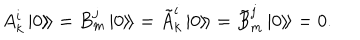
A _ { k } ^ { i } \left. \left| 0 \right\rangle \! \right\rangle = B _ { m } ^ { j } \left. \left| 0 \right\rangle \! \right\rangle = \tilde { A } _ { k } ^ { i } \left. \left| 0 \right\rangle \! \right\rangle = \tilde { B } _ { m } ^ { j } \left. \left| 0 \right\rangle \! \right\rangle = 0 .